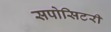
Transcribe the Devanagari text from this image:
सपोसिटरी